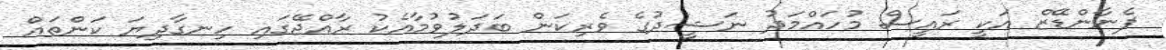
ފެނާންޑޭޒް އަކީ ރައީސް މުހައްމަދު ނަޝީދުގެ ވެރިކަން ބަދަލުވުމާއެކު ރާއްޖޭގައި ހިނގާދިޔަ ކަންތައް